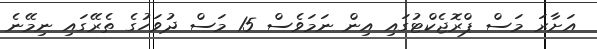
އަށާރަ މަސް ޕްރޮޖެކްޓުގައި އިން ނަމަވެސް 15 މަސް ދުވަހުގެ ތެރޭގައި ނިމޭނެ